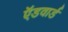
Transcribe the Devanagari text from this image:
ऍडवार्ड